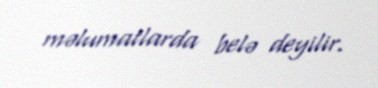
məlumatlarda belə deyilir.